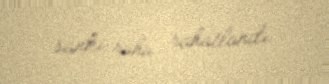
sanki ruhu rahatlandı.